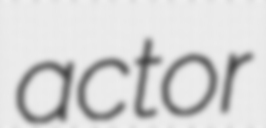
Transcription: actor